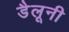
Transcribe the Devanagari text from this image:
डैलूनी